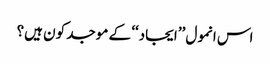
اس انمول ’’ایجاد‘‘ کے موجد کون ہیں؟